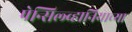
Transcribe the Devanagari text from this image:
पेन्सिल्व्हानियाच्या